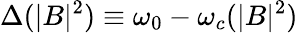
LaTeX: \Delta(|B|^{2})\equiv\omega_{0}-\omega_{c}(|B|^{2})